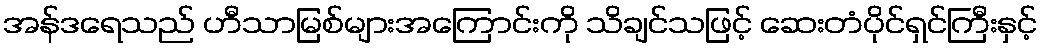
အန်ဒရေသည် ဟီသာမြစ်များအကြောင်းကို သိချင်သဖြင့် ဆေးတံပိုင်ရှင်ကြီးနှင့်